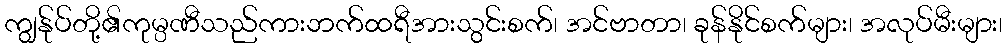
ကျွန်ုပ်တို့၏ကုမ္ပဏီသည်ကားဘက်ထရီအားသွင်းစက်၊ အင်ဗာတာ၊ ခုန်နိုင်စက်များ၊ အလုပ်မီးများ၊